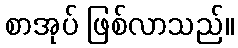
စာအုပ် ဖြစ်လာသည်။